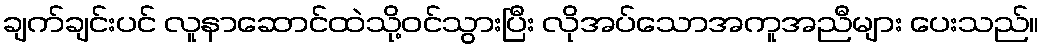
ချက်ချင်းပင် လူနာဆောင်ထဲသို့ဝင်သွားပြီး လိုအပ်သောအကူအညီများ ပေးသည်။